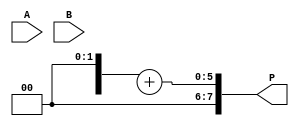
module dadda_multiplier #(parameter N = 4) (
    input  wire [N-1:0] A,
    input  wire [N-1:0] B,
    output wire [2*N-1:0] P
);
    // Partial products
    wire [N-1:0] pp [0:N-1]; // Partial products matrix

    // Generate partial products
    genvar i, j;
    generate
        for (i = 0; i < N; i = i + 1) begin : pp_gen
            for (j = 0; j < N; j = j + 1) begin : pp_bit
                assign pp[i][j] = A[i] & B[j];
            end
        end
    endgenerate

    // Internal wires for carry-save addition
    wire [N:0] sum [0:N-1]; // Sums
    wire [N:0] carry [0:N-1]; // Carries

    // Stage 1: Reduction using Carry-Save Adders
    genvar k;
    generate
        for (k = 0; k < N-1; k = k + 1) begin : dadda_reduction
            if (k < N/3) begin // Reduce groups of 3
                assign {carry[k][N-1:0], sum[k][N-1:0]} = pp[k] + pp[k+1] + pp[k+2];
            end else if (k < 2*N/3) begin // Reduce groups of 2
                assign {carry[k][N-1:0], sum[k][N-1:0]} = pp[k] + pp[k+1];
            end else begin // Last stage, just propagate
                assign sum[k] = pp[k];
                assign carry[k] = 0;
            end
        end
    endgenerate

    // Final addition of the last two sums
    wire [2*N-1:0] final_sum;
    wire [2*N-1:0] final_carry;

    assign final_sum = sum[N-1] + carry[N-1];

    // Assign the final product
    assign P = final_sum;

endmodule